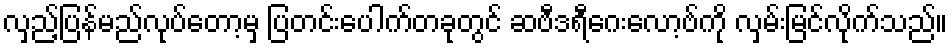
လှည့်ပြန်မည်လုပ်တော့မှ ပြတင်းပေါက်တခုတွင် ဆဗီဒရီဂေးလော့ဗ်ကို လှမ်းမြင်လိုက်သည်။